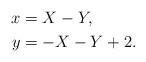
LaTeX: \begin{align*}x &= X - Y, \\y &= -X - Y + 2.\end{align*}